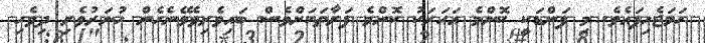
ހަމަޖެހިފައެވެ. މި ފަންޑަކީ ކޮންމެ އަހަރަކު ކޮންމެ ފަރާތަކަށްވެސް ބައިވެރިވެވޭނެހެން ހުނަރުވެރި ދިވެހި